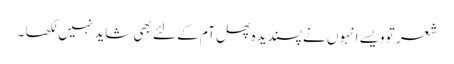
شعر تو ویسے انہوں نے پسندیدہ پھل آم کے لئے بھی شاید نہیں لکھا ۔